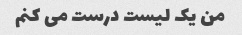
من یک لیست درست می کنم